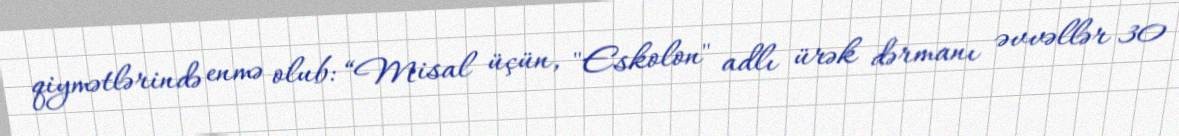
qiymətlərində enmə olub: “Misal üçün, "Eskolon" adlı ürək dərmanı əvvəllər 30